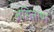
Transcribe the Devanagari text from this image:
असिताष्म